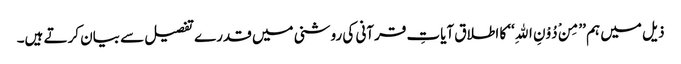
ذیل میں ہم ’’مِنْ دُوْنِ اللهِ‘‘ کا اطلاق آیاتِ قرآنی کی روشنی میں قدرے تفصیل سے بیان کرتے ہیں۔